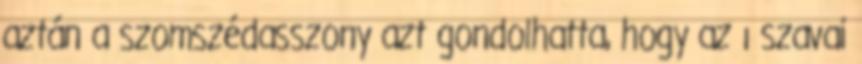
aztán a szomszédasszony azt gondolhatta, hogy az ı szavai